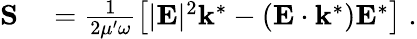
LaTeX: \begin{array}{rl}{{\mathbf{S}}}&{{}=\frac{1}{2\mu^{\prime}\omega}\left[|{\mathbf{E}}|^{2}{\mathbf{k}}^{*}-\left({\mathbf{E}}\cdot{\mathbf{k}}^{*}\right){\mathbf{E}}^{*}\right]\; .}\end{array}